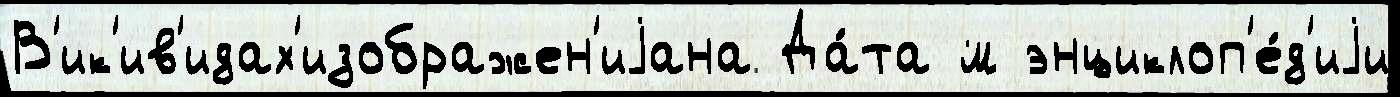
В'ик'ив'идах'изображен'иjана Да́та м энциклоп'е́д'иjи